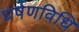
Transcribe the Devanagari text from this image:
घर्षणविधि